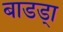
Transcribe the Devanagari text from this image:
बाडडा्